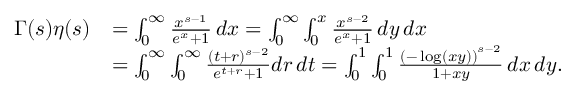
{ \begin{array} { r l } { \Gamma ( s ) \eta ( s ) } & { = \int _ { 0 } ^ { \infty } { \frac { x ^ { s - 1 } } { e ^ { x } + 1 } } \, d x = \int _ { 0 } ^ { \infty } \int _ { 0 } ^ { x } { \frac { x ^ { s - 2 } } { e ^ { x } + 1 } } \, d y \, d x } \\ & { = \int _ { 0 } ^ { \infty } \int _ { 0 } ^ { \infty } { \frac { ( t + r ) ^ { s - 2 } } { e ^ { t + r } + 1 } } d r \, d t = \int _ { 0 } ^ { 1 } \int _ { 0 } ^ { 1 } { \frac { \left( - \log ( x y ) \right) ^ { s - 2 } } { 1 + x y } } \, d x \, d y . } \end{array} }